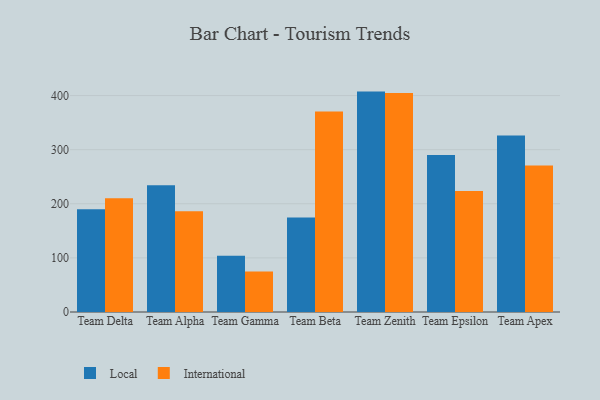
{"axis": {"x": "Team", "y": "Backlog"}, "legend": ["International", "Local"], "data": [{"x": "Team Delta", "y": 190.0, "type": "Local"}, {"x": "Team Delta", "y": 210.1, "type": "International"}, {"x": "Team Alpha", "y": 234.1, "type": "Local"}, {"x": "Team Alpha", "y": 186.4, "type": "International"}, {"x": "Team Gamma", "y": 104.1, "type": "Local"}, {"x": "Team Gamma", "y": 74.9, "type": "International"}, {"x": "Team Beta", "y": 174.8, "type": "Local"}, {"x": "Team Beta", "y": 370.6, "type": "International"}, {"x": "Team Zenith", "y": 407.3, "type": "Local"}, {"x": "Team Zenith", "y": 404.8, "type": "International"}, {"x": "Team Epsilon", "y": 290.2, "type": "Local"}, {"x": "Team Epsilon", "y": 223.4, "type": "International"}, {"x": "Team Apex", "y": 326.3, "type": "Local"}, {"x": "Team Apex", "y": 270.7, "type": "International"}]}